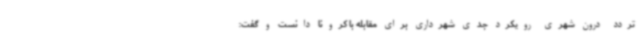
تردد درون شهری رویکرد جدی شهرداری برای مقابله با کرونا دانست و گفت: